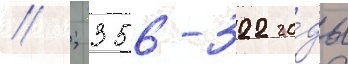
// ; 356-322 го́ды